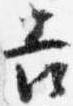
吉